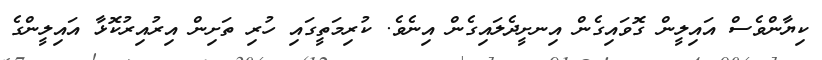
ކިޔާންވެސް އައިލީން ގޮވައިގެން އިނށީދެލައިގެން އިނެވެ. ކުރިމަތީގައި ހުރި ތަށިން އިރުއިރުކޮޅާ އައިލީންގެ